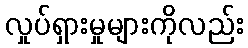
လှုပ်ရှားမှုများကိုလည်း